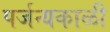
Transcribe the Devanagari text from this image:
पर्जन्यकाळी